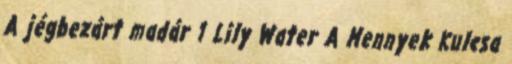
A jégbezárt madár 1 Lily Water A Mennyek Kulcsa